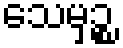
သေမှဉ္စ